Civil Veterinary Dept. Bombay admin report 1893-99 - 1893-1899
Year: 1893
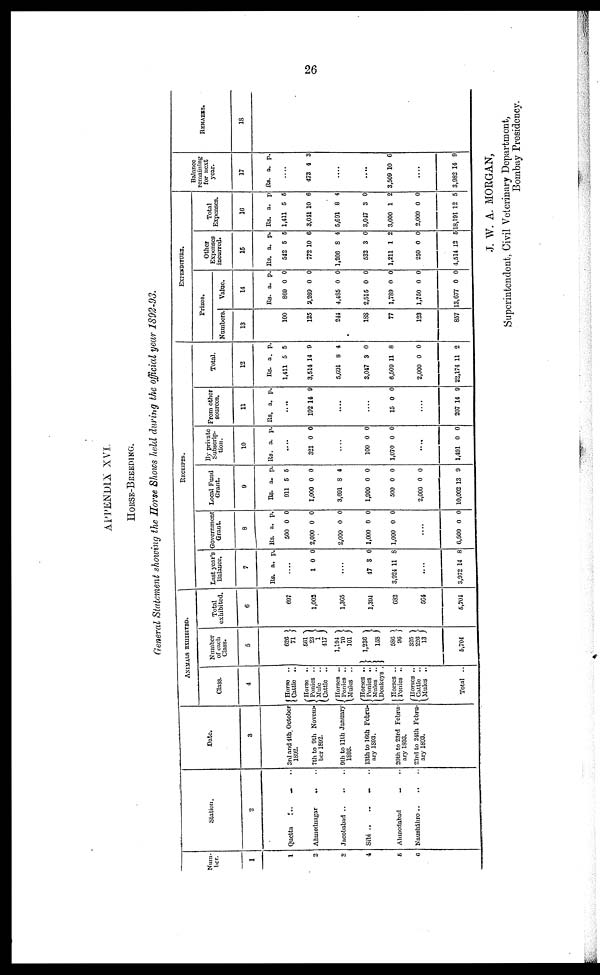
26
APPENDIX XVI.
HORSE-BREEDING.
General Statement showing the Horse Shows held during the official year 1892-93.
Num-
ber.
1
1
2
3
4
5
6
Station.
2
Quetta ... ... ...
Ahmednagar ... ...
Jacobabad
..
..
..
Sibi .. .. .. ..
Ahmedabad .. ..
Nuusháhro..
..
..
Date.
3
3rd and 4th October
1892.
7th to 9th Novem-
ber 1892.
9th to 11th January
13th to 16th Febru-
ary 1893.
20th to 23rd Febru-
ary 1893.
23rd to 21th Febru-
ary 1893.
ANIMALS EXHIBITED.
Class.
4
Hores
..
Cattle ..
Horse ..
Ponies ..
Mule ..
Cattle
..
Horses ..
Ponies ..
Mules ..
Horses ..
Ponies ..
Mules ...
Donkeys .
Horses ..
Ponies ..
Horses ..
Cattle ..
Mules ..
Total ..
Number
of each
Class.
5
262
71
561
23
417 J
1,194
70
101
1,236
158
586
96
325
226
13
5,704
Total
exhibited.
6
697
1,002
1,365
1,394
682
564
5,704
RECEIPTS.
Last year's
Balance
ear
7
Rs. a. p.
....
1 0 0
....
47
3,924
3
11
0
8
....
3,972 14 8
Government
Grant.
8
Rs.
500
2,000
2,000
1,000
1,000
a.
0
0
0
0
0
p.
0
0
0
0
0
....
6,500 0 0
Local Fund
Grant.
9
Rs.
911
1,000
3,691
1,900
500
2,000
10,002
a.
5
0
8
0
0
0
13
p.
5
0
4
0
0
0
9
By private
Subscrip-
tion.
10
Rs. a. p.
....
321 0 0
....
100
1,070
0
0
0
0
....
1,491 0 0
From other
sources.
11
Rs. a. p.
....
192 11 0
.......
....
16 0 0
....
207 14 9
Total.
12
Rs.
1,411
3,514
5,601
3,047
6,509
2,000
22,174
a.
5
14
8
3
11
0
11
p.
5
9
4
0
8
0
2
EXPENDITURE.
Prizes.
Numbers.
13
100
125
244
188
77
123
857
Value.
14
Rs.
869
2,269
4,485
2,515
1,789
1,750
13,677
a.
0
0
0
0
0
0
0
p.
0
0
0
0
0
0
0
Other
Expenses
incurred.
15
Rs.
542
772
1,206
532
1,211
250
4,514
a.
5
10
8
3
1
0
12
p.
5
6
4
0
2
0
5
Total
Expenses.
16
Rs.
1,411
3,011
5,691
3,047
3,000
2,000
18,191
a.
5
10
8
3
1
0
12
p
5
6
4
0
2
0
5
Balance
remaining
for
next
year.
17
Rs. a. p.
....
473 4 3
....
....
3,509 10 6
....
3,982 14 9
REMARKS.
18
J. W. A. MORGAN,
Superintendent, Civil Veterinary Department,
Bombay Presidency.